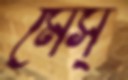
মেস্